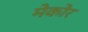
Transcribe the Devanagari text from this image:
मेकोर